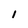
Character: 1